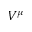
V ^ { \mu }